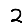
Digit: 2